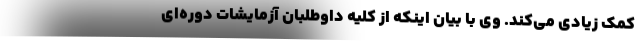
کمک زیادی می‌کند. وی با بیان اینکه از کلیه داوطلبان آزمایشات دوره‌ای